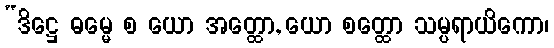
“ဒိဋ္ဌေ ဓမ္မေ စ ယော အတ္ထော, ယော စတ္ထော သမ္ပရာယိကော၊